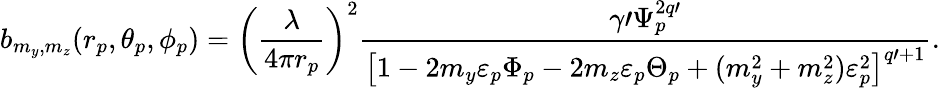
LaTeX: b_{m_{y},m_{z}}(r_{p},\theta_{p},\phi_{p})=\left(\frac{\lambda}{4\pi r_{p}}\right)^{2}\frac{\gamma\prime\Psi_{p}^{2q\prime}}{\left[1-2m_{y}\varepsilon_{p}\Phi_{p}-2m_{z}\varepsilon_{p}\Theta_{p}+(m_{y}^{2}+m_{z}^{2})\varepsilon_{p}^{2}\right]^{q\prime+1}}.